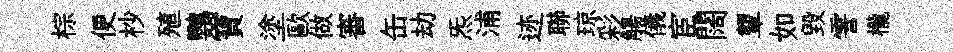
棕便杪殖鸚寶塗歐做審缶劫炁浦迹聯琼彩觴儀宦闊顰如毀霅櫳